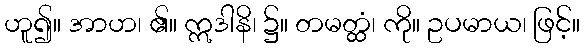
ဟူ၍။ အာဟ၊ ၏။ ဣဒါနိ၊ ၌။ တမတ္ထံ၊ ကို။ ဥပမာယ၊ ဖြင့်။